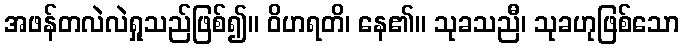
အဖန်တလဲလဲရှုသည်ဖြစ်၍။ ဝိဟရတိ၊ နေ၏။ သုခသညီ၊ သုခဟုဖြစ်သော